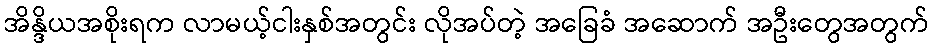
အိန္ဒိယအစိုးရက လာမယ့်ငါးနှစ်အတွင်း လိုအပ်တဲ့ အခြေခံ အဆောက် အဦးတွေအတွက်